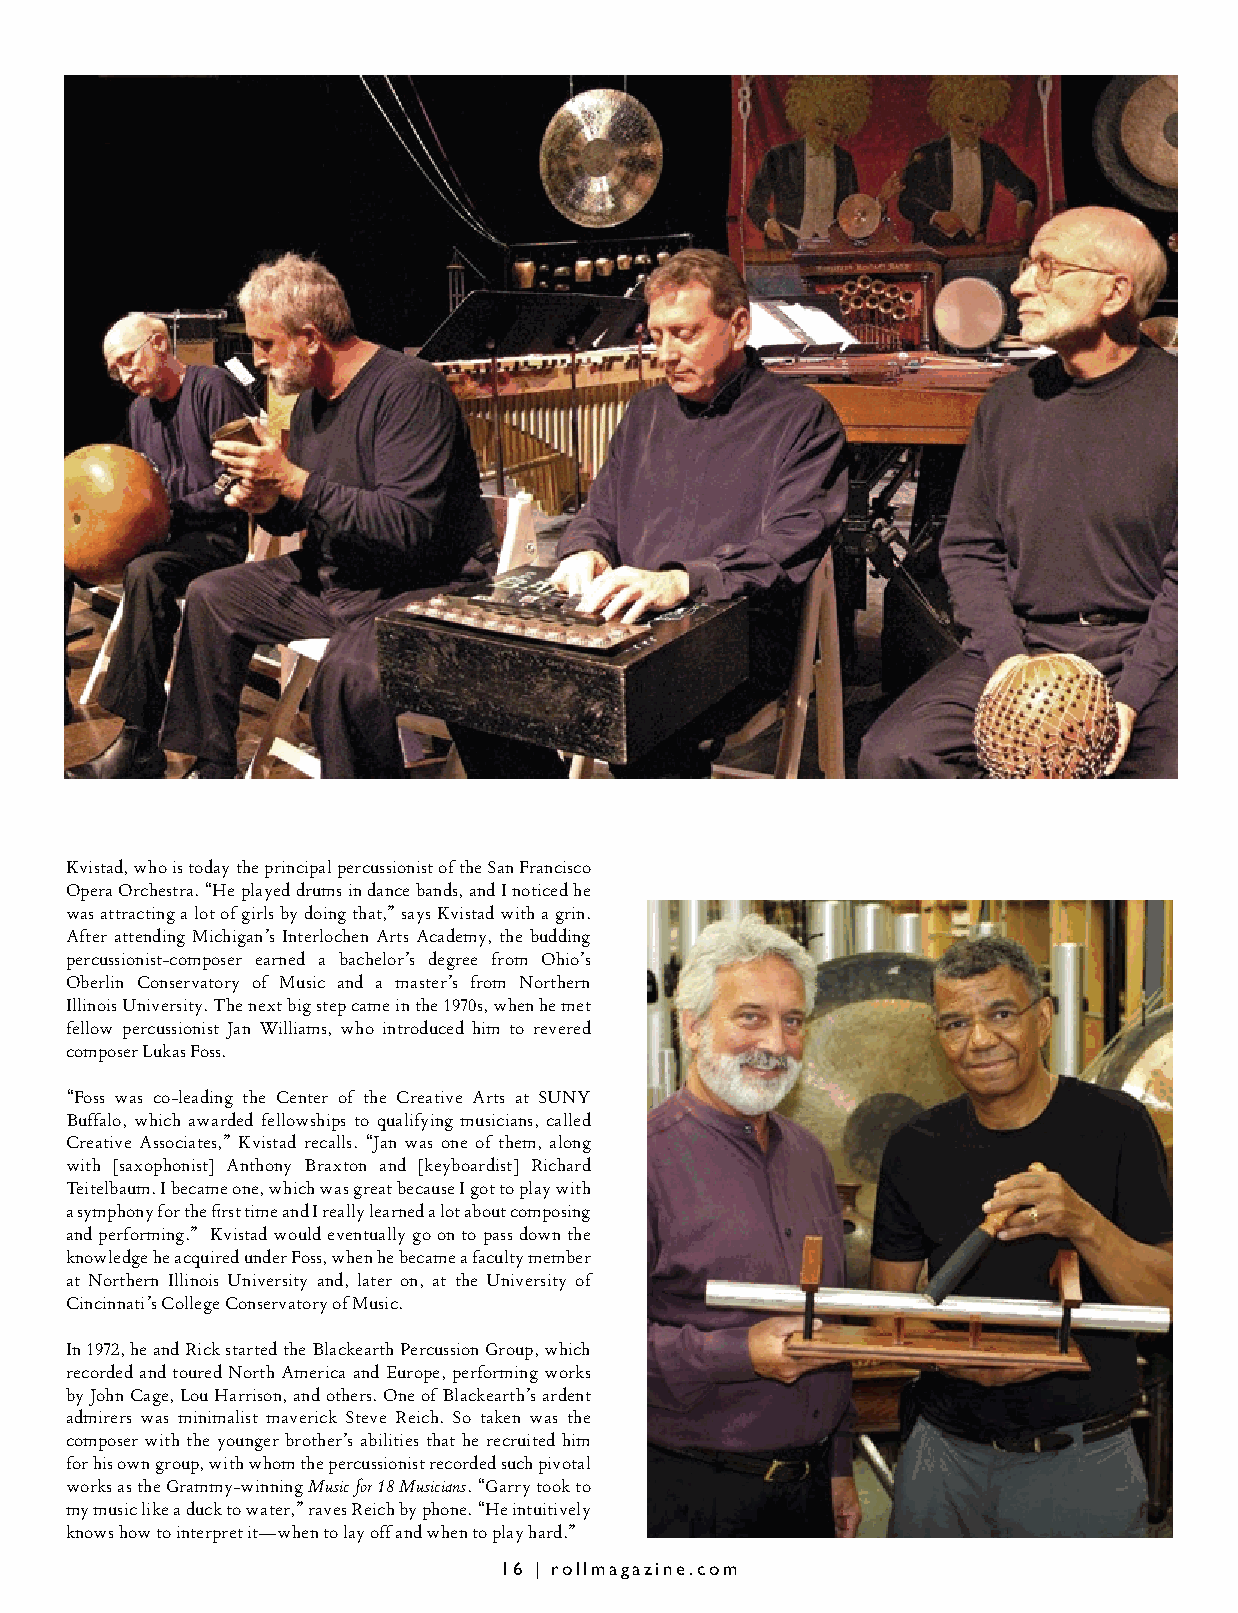
Kvistad, who is today the principal percussionist of the San Francisco
 Opera Orchestra. “He played drums in dance bands, and I noticed he
 was attracting a lot of girls by doing that,” says Kvistad with a grin.
 After attending Michigan’s Interlochen Arts Academy, the budding
 percussionist-composer earned a bachelor’s degree from Ohio’s
 Oberlin Conservatory of Music and a master’s from Northern
 Illinois University. The next big step came in the 1970s, when he met
 fellow percussionist Jan Williams, who introduced him to revered
 composer Lukas Foss.
 “Foss was co-leading the Center of the Creative Arts at SUNY
 Buffalo, which awarded fellowships to qualifying musicians, called
 Creative Associates,” Kvistad recalls. “Jan was one of them, along
 with [saxophonist] Anthony Braxton and [keyboardist] Richard
 Teitelbaum. I became one, which was great because I got to play with
 a symphony for the first time and I really learned a lot about composing
 and performing.” Kvistad would eventually go on to pass down the
 knowledge he acquired under Foss, when he became a faculty member
 at Northern Illinois University and, later on, at the University of
 Cincinnati’s College Conservatory of Music.
 In 1972, he and Rick started the Blackearth Percussion Group, which
 recorded and toured North America and Europe, performing works
 by John Cage, Lou Harrison, and others. One of Blackearth’s ardent
 admirers was minimalist maverick Steve Reich. So taken was the
 composer with the younger brother’s abilities that he recruited him
 for his own group, with whom the percussionist recorded such pivotal
 works as the Grammy-winning Music for 18 Musicians. “Garry took to
 my music like a duck to water,” raves Reich by phone. “He intuitively
 knows how to interpret it—when to lay off and when to play hard.”
 16 | rollmagazine.com